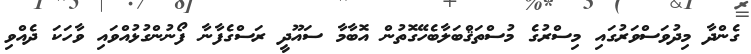
ގެންދާ މިދުވަސްވަރުގައި މިސްރުގެ މުސްތަޤްބަލާބެހޭގޮތުން އޮބާމާ ސައޫދީ ރަސްގެފާނާ ފޯނުންގުޅުއްވައި ވާހަކަ ދެއްވި